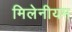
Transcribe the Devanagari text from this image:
मिलेनीयम